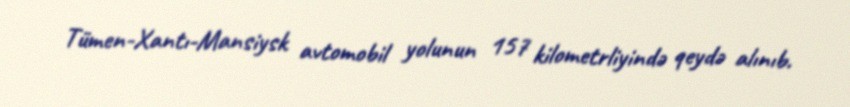
Tümen-Xantı-Mansiysk avtomobil yolunun 157 kilometrliyində qeydə alınıb.